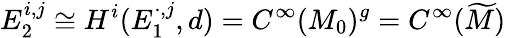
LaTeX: E_{2}^{i,j}\cong H^{i}(E_{1}^{\cdot,j},d)=C^{\infty}(M_{0})^{g}=C^{\infty}({\widetilde{M}})